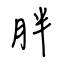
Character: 胖